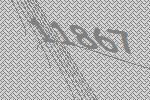
11867